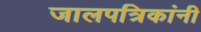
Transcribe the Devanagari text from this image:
जालपत्रिकांनी